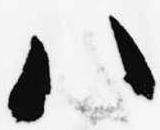
八